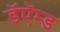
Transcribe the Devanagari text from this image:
डॅऍम्ड